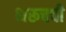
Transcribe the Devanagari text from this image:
भरूचची